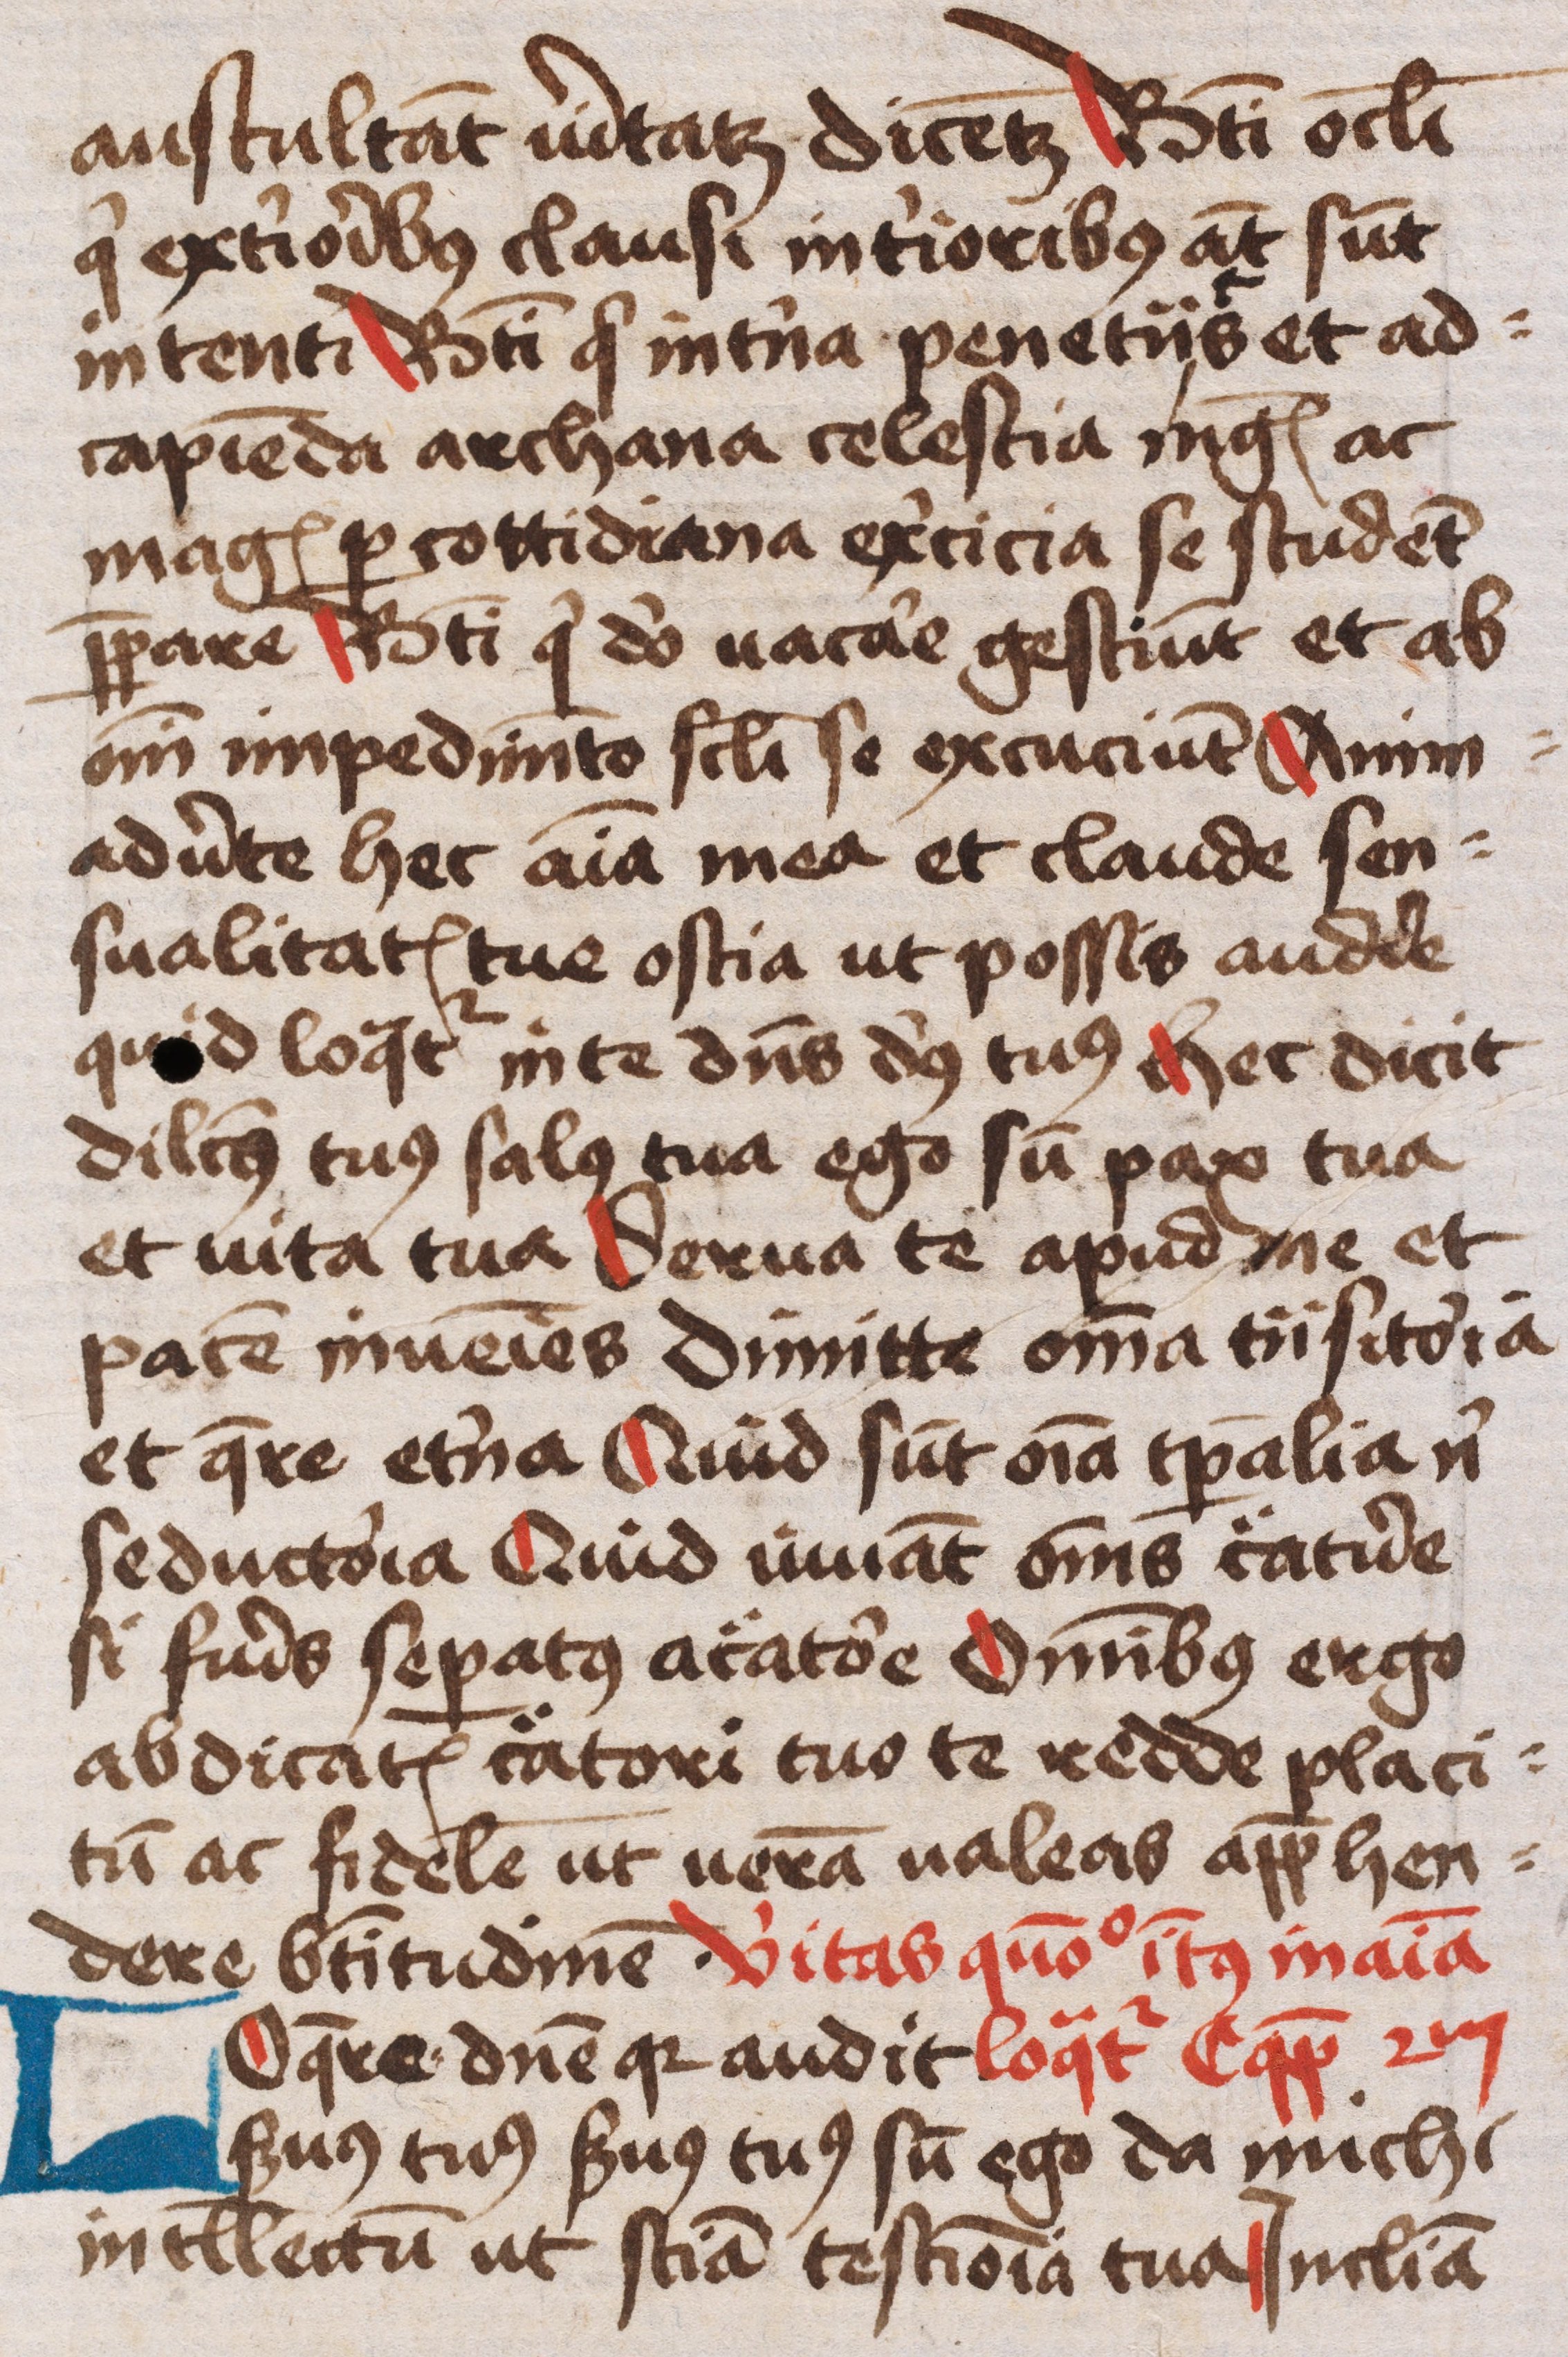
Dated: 1445–1455